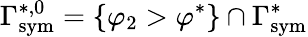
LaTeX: \Gamma_{\mathrm{{sym}}}^{*,0}=\{ \varphi_{2}>\varphi^{*}\} \cap\Gamma_{\mathrm{{sym}}}^{*}